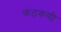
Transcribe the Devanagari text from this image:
कंठकणी